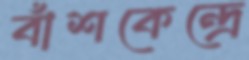
বাঁশকেন্দ্রে